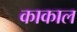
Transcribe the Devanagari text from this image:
काकाल